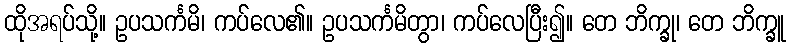
ထိုအရပ်သို့။ ဥပသင်္ကမိ၊ ကပ်လေ၏။ ဥပသင်္ကမိတွာ၊ ကပ်လေပြီး၍။ တေ ဘိက္ခု၊ တေ ဘိက္ခူ